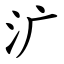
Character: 㲿